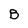
Character: B